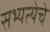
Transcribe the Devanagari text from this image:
सभ्यत्येचे